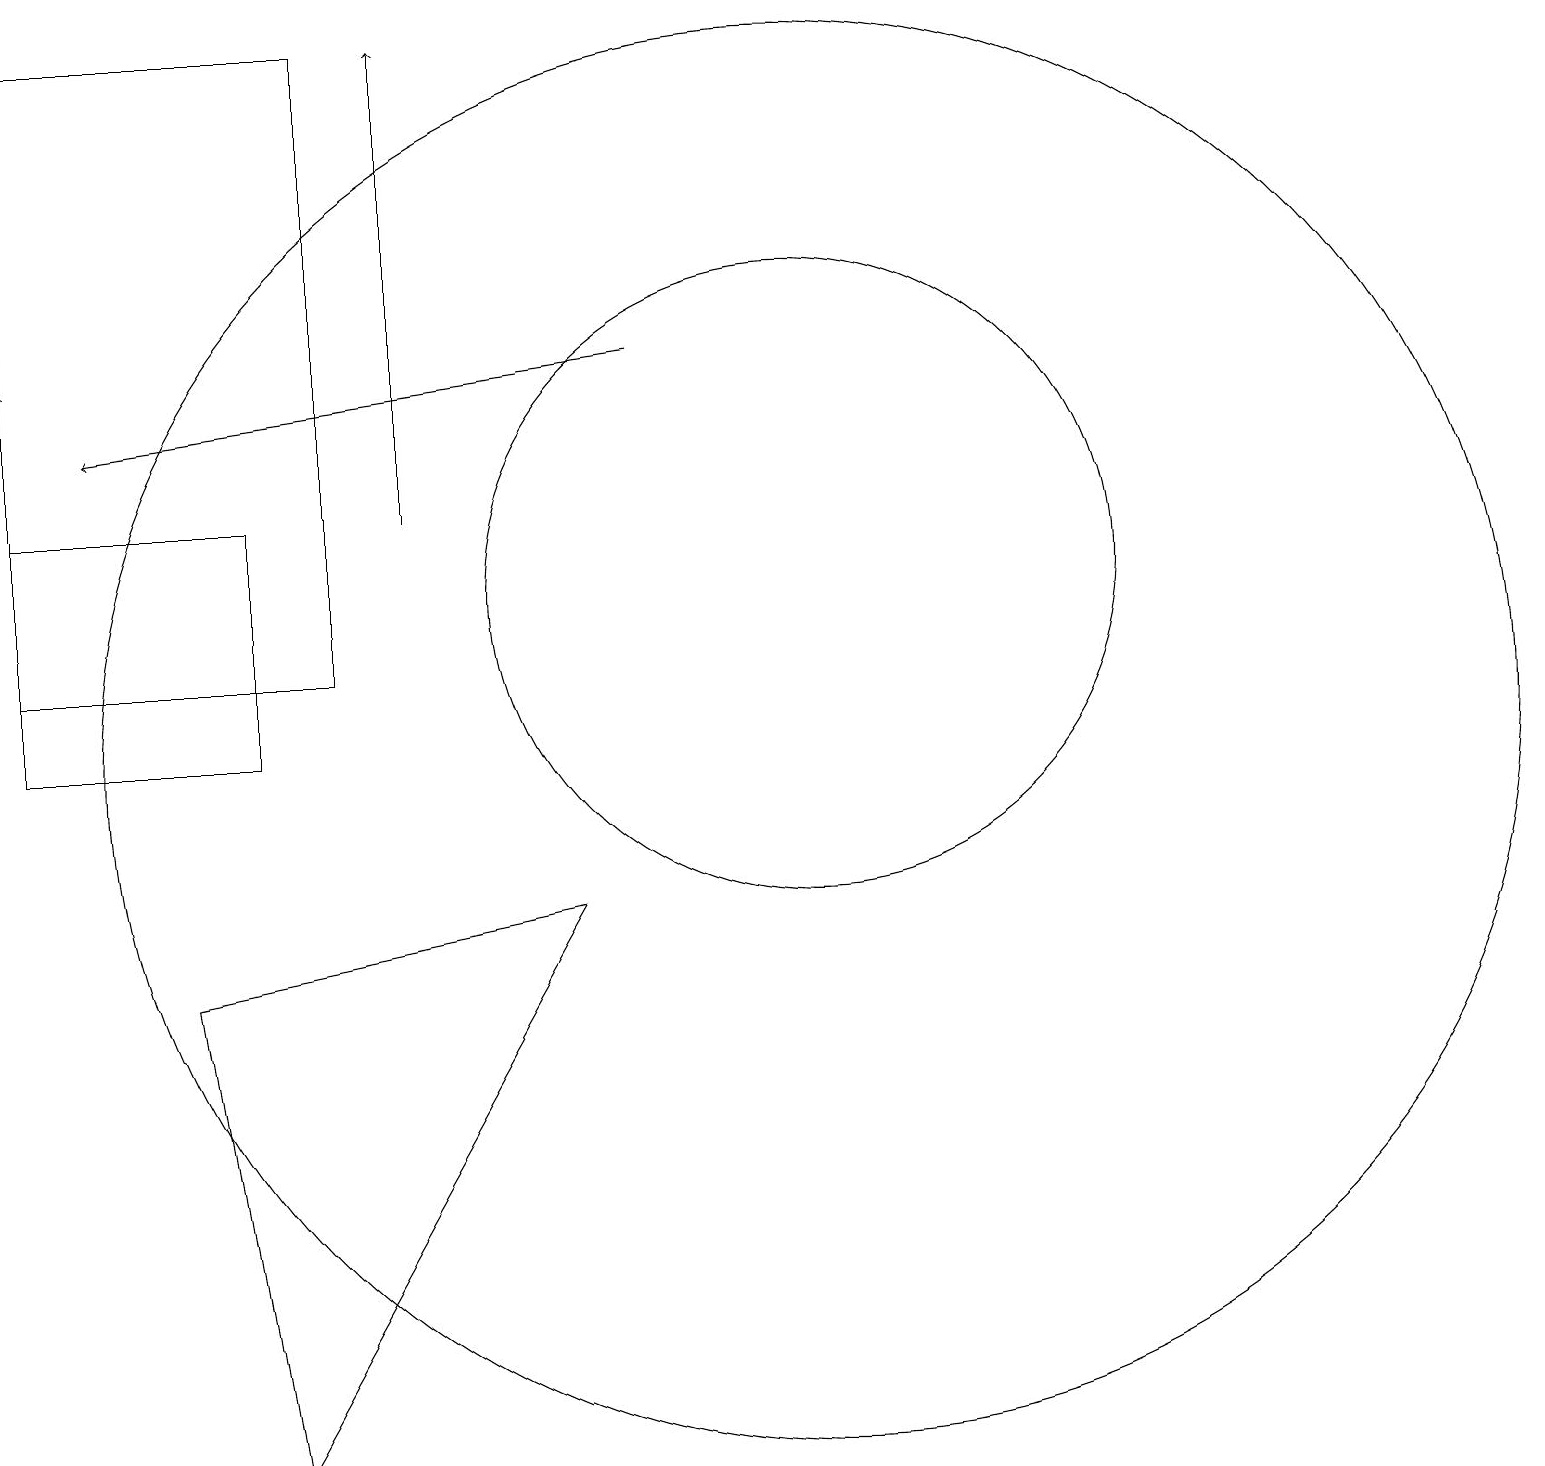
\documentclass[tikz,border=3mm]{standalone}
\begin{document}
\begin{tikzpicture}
\draw (10,10) circle (9);
\draw (0,19) rectangle (4,11);
\draw[->] (8,15) -- (1,14);
\draw (10,12) circle (4);
\draw (0,13) rectangle (3,10);
\draw[->] (5,13) -- (5,19);
\draw (2,7) -- (3,1) -- (7,8) -- cycle;
\draw[->] (0,15) -- (0,15);
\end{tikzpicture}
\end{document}